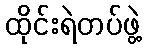
ထိုင်းရဲတပ်ဖွဲ့